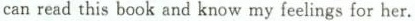
can read this book and know my feelings for her.